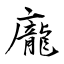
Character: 龐